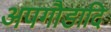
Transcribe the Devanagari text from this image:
अपगौडादि